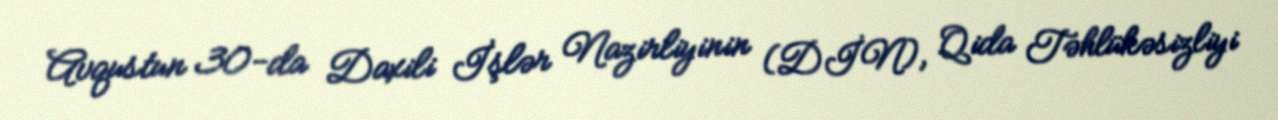
Avqustun 30-da Daxili İşlər Nazirliyinin (DİN), Qida Təhlükəsizliyi